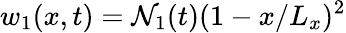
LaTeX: w_{1}(x,t)=\mathcal{N}_{1}(t)(1-x/L_{x})^{2}